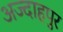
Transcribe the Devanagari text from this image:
अज्दाहपुर